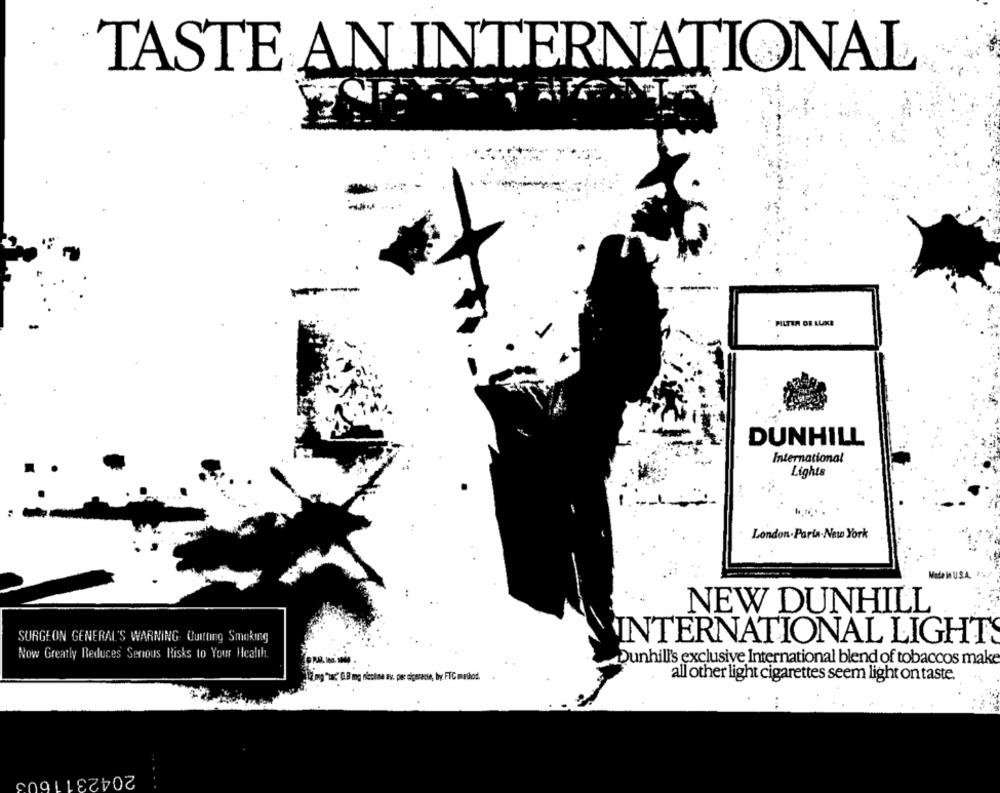
TASTE AN INTERNATIONAL
PILTIR DE LUXE
DUNHILL
International
Lights
London. Porta-New York
Made in U.S.A.
NEW DUNHILL
SURGEON GENERAL'S WARNING. Quitting Smoking
INTERNATIONAL LIGHTS
Now Greatly Reduces Serious Risks to Your Health.
Dunhill's exclusive International blend of tobaccos make
(mg "ta' Q.B mg nicotina av. per sigeracie, by FTC method.
all other light cigarettes seem light on taste.
2042311600